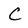
Character: C